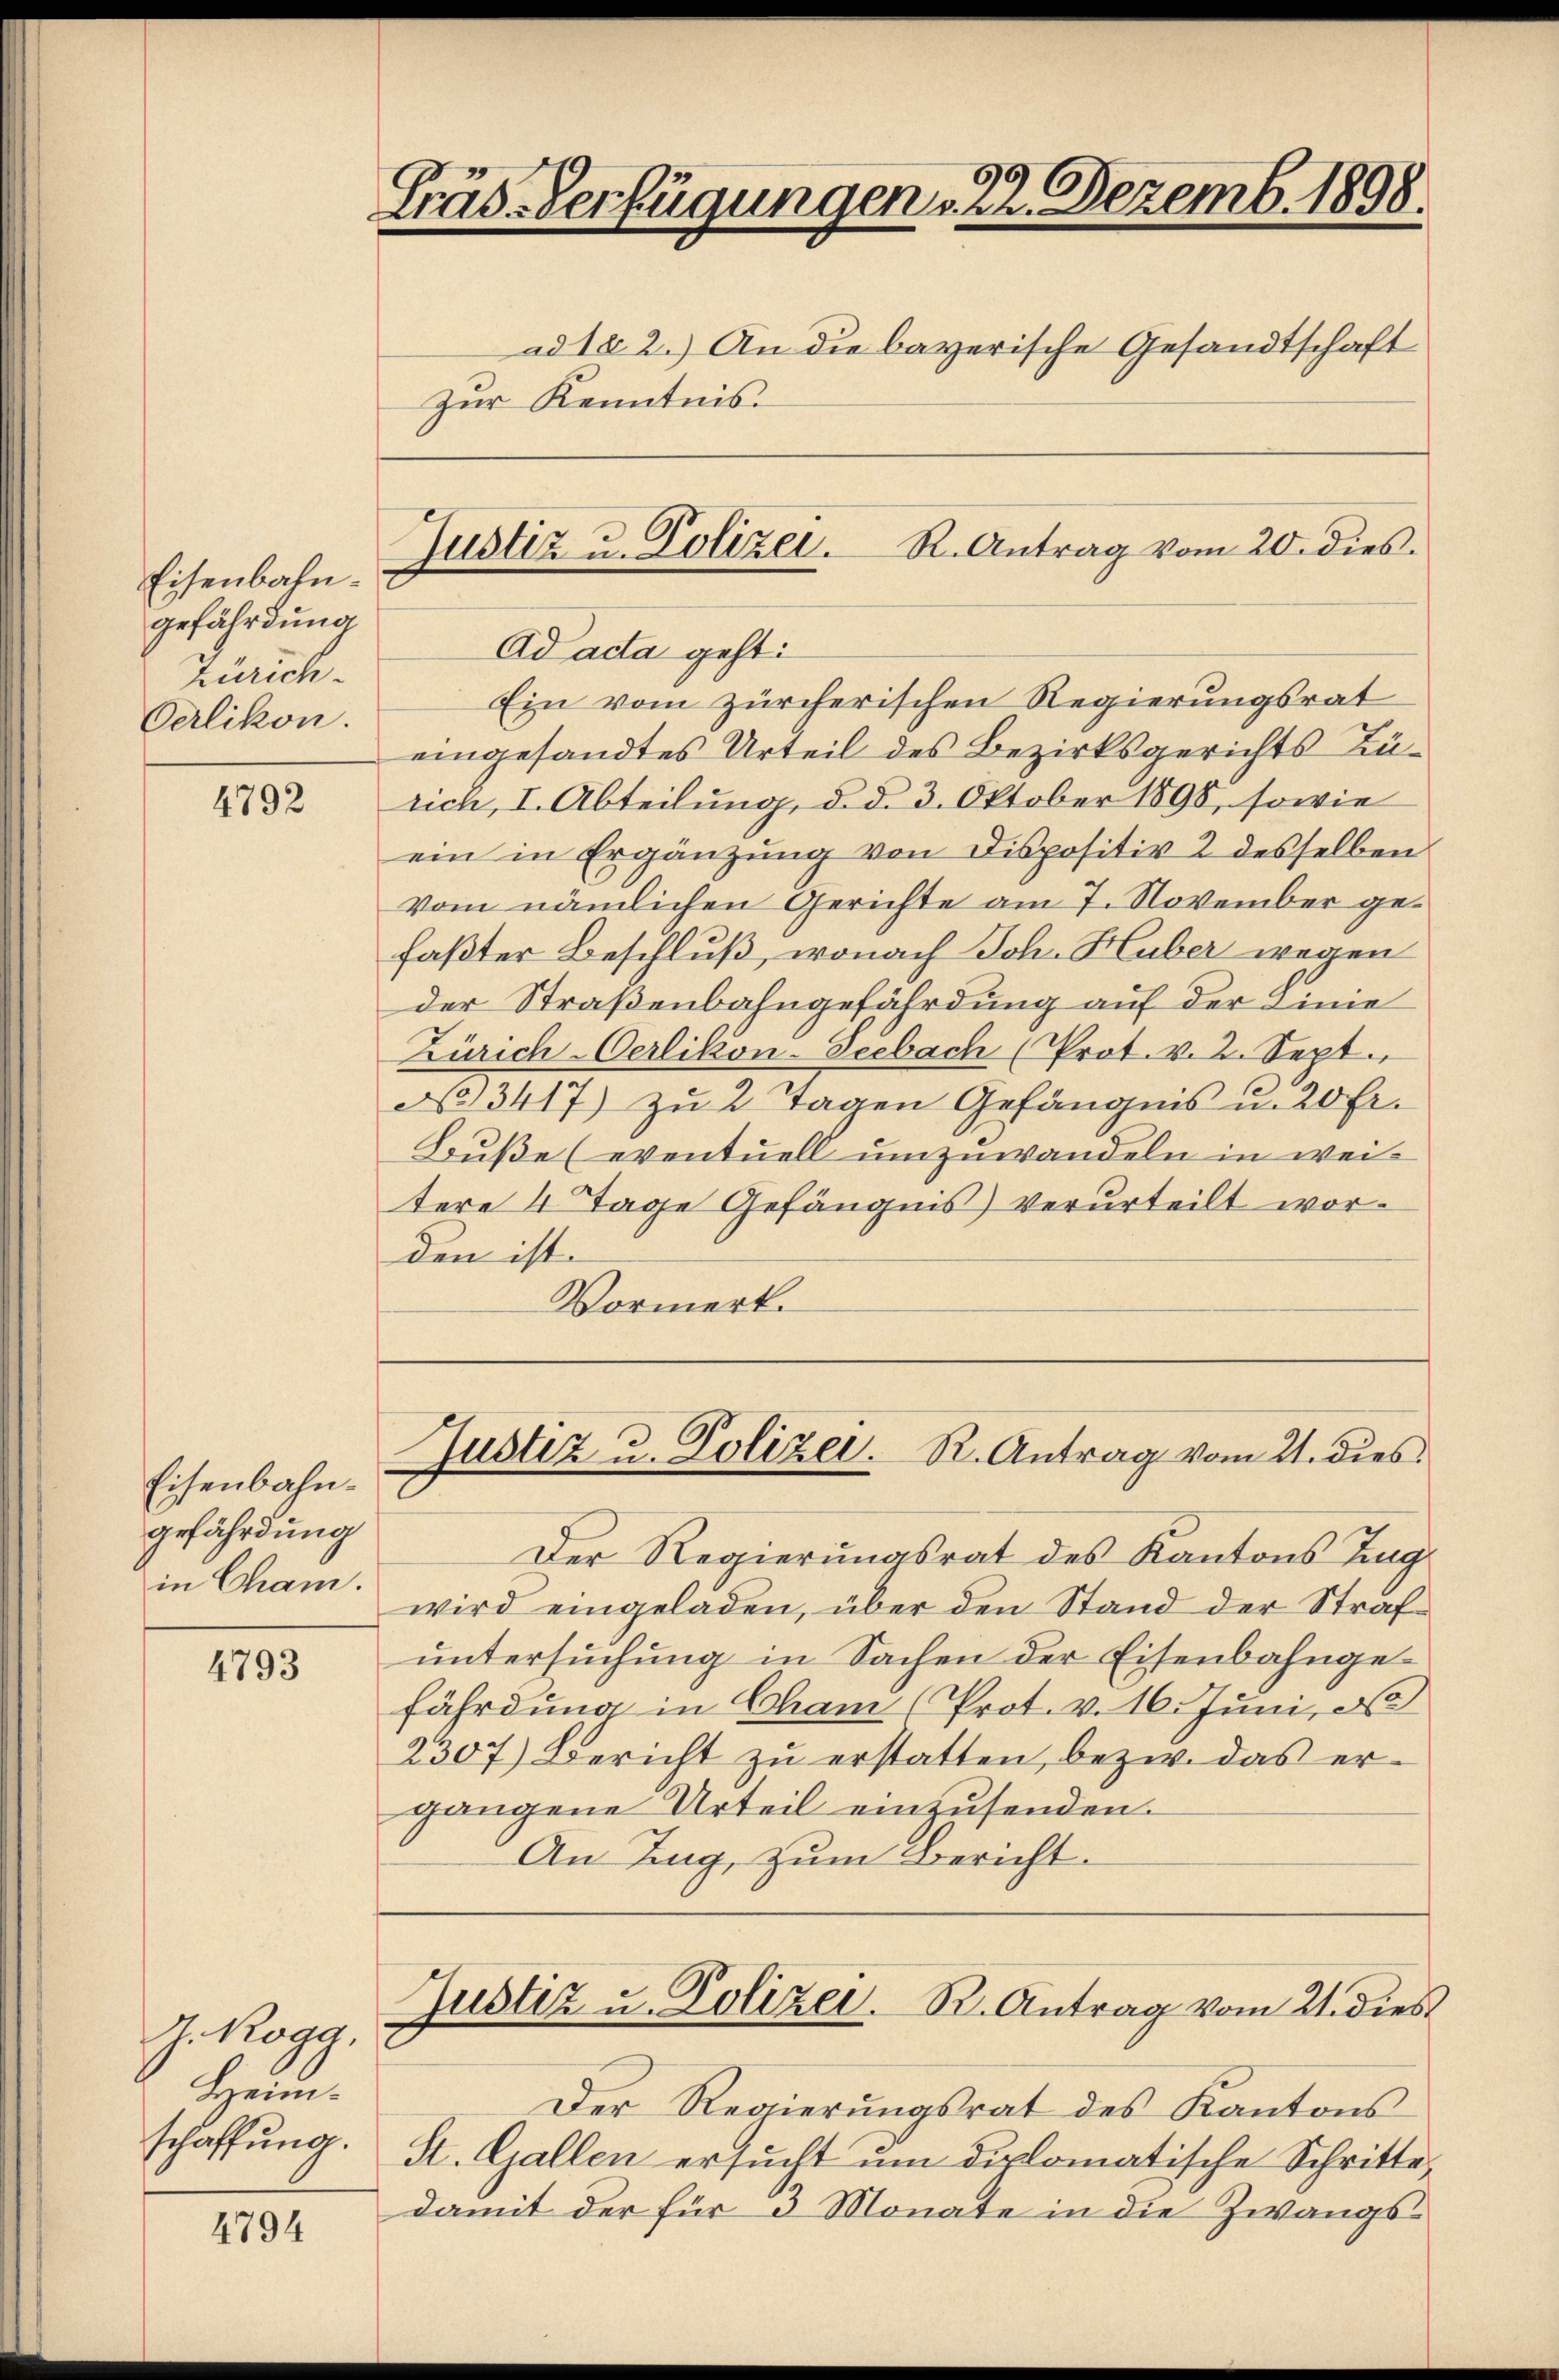
Eisenbahngefährdung
Zürich.
Oerlikon.

4792

Eisenbahngefährdung
in Cham.

4793

J. Rogg.
Heim.
schaffung.

4794

Fräs-Verfügungen 22. Dezemb. 1898.
ad 1. 2.) An die bayerische Gesandtschaft
zur Kenntnis.

R.. Antrag vom 20. dies.
Justiz u. Polizei.

Ad acta gehti
Ein vom zürcherischen Regierungsrat
eingesandtes Urteil des Bezirksgerichts Zürich, I. Abteilung, d. d. 3. Oktober 1898, sowie
ein in Ergänzung von Dispositiv 2 desselben
vom nämlichen Gerichte am 7. November gefaßter Beschluß, wonach Joh. Huber wegen
der Straßenbahngefährdung auf der Linie
Zürich-Oerlikon-Seebach (Prot. v. 2. Sept.
N 3417) zu 2 Tagen Gefängnis u. 20 Fr.
Buße (eventuell umzuwandeln in weitere 4 Tage Gefängnis verurteilt worden ist.
Vormerk.

Justiz u. Polizei. R. Antrag vom 21. dies

Der Regierungsrat des Kantons Tag
wird eingeladen, über den Stand der Strafŭntersŭchŭng in Sachen der Eisenbahngefährdung in Cham (Prot. v. 16. Juni, d
2307) Bericht zŭ erstatten, bezw. das ergangene Urteil einzusenden.
An Zug, zum Bericht.

Der Regierungsrat des Kantons
St. Gallen ersŭcht um diplomatische Schritte,
damit der für 3 Monate in die Zwangs¬

Justiz u. Polizei. R. Antrag vom 21. dies